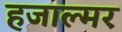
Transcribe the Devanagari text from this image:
हजाल्मर